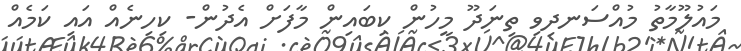
މައުލޫމާތު މުއްސަނދިވި ތިނަދޫ މީހުން ކިބައިން މާފަށް އެދުން- ކިހިނެއް އައި ކަމެއް